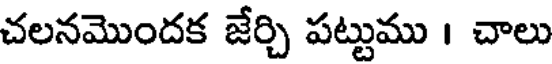
చలనమొందక జేర్చి పట్టుము । చాలు